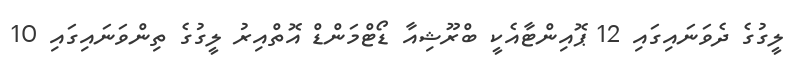
ލީގުގެ ދެވަނައިގައި 12 ޕޮއިންޓާއެކީ ބްރޫޝިއާ ޑޯޓްމަންޑް އޮތްއިރު ލީގުގެ ތިންވަނައިގައި 10